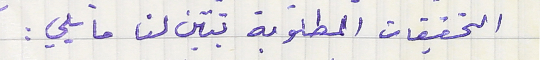
التحقيقات المطلوبة تبيّن لنا ما يلي :